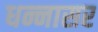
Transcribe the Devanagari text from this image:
धन्नासर